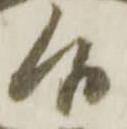
候